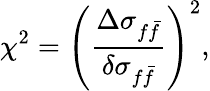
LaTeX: \chi^{2}=\left(\frac{\Delta\sigma_{f\bar{f}}}{\delta\sigma_{f\bar{f}}}\right)^{2},